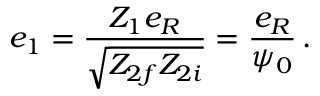
e _ { 1 } = \frac { Z _ { 1 } e _ { R } } { \sqrt { Z _ { 2 f } Z _ { 2 i } } } = \frac { e _ { R } } { \psi _ { 0 } } \, .